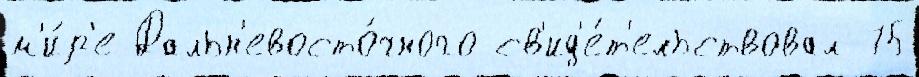
м'и́р'е Дальн'евосто́чного св'ид'е́т'ельствовал 75